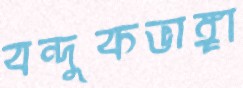
বন্দুকভাঙ্গা